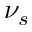
\nu _ { s }